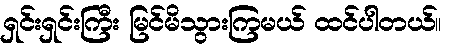
ရှင်းရှင်းကြီး မြင်မိသွားကြမယ် ထင်ပါတယ်။